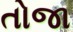
તોજા